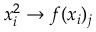
x _ { i } ^ { 2 } \rightarrow f ( x _ { i } ) _ { j }